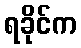
ရခိုင်က